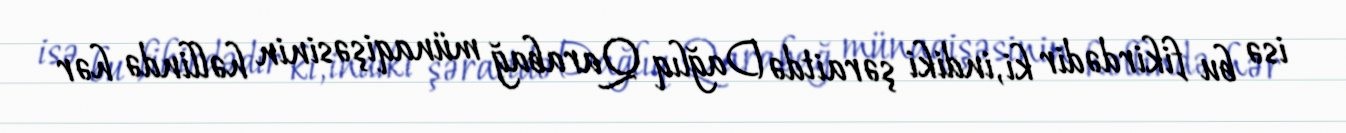
isə bu fikirdədir ki, indiki şəraitdə Dağlıq Qarabağ münaqişəsinin həllində hər